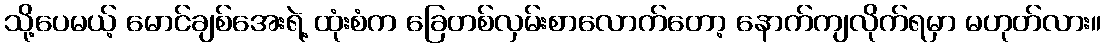
သို့ပေမယ့် မောင်ချစ်အေးရဲ့ ထုံးစံက ခြေတစ်လှမ်းစာလောက်တော့ နောက်ကျလိုက်ရမှာ မဟုတ်လား။